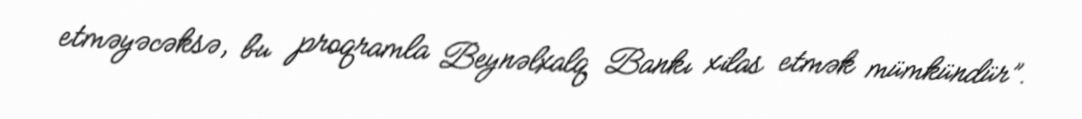
etməyəcəksə, bu proqramla Beynəlxalq Bankı xilas etmək mümkündür”.